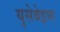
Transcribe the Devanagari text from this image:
युसेबेइया